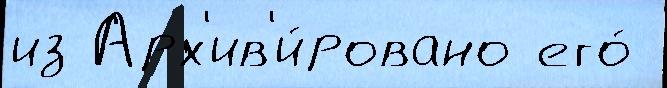
из Арх'ив'и́ровано его́